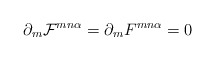
\begin{align*}\partial_m{\cal F}^{mn\alpha}=\partial_mF^{mn\alpha}=0\end{align*}